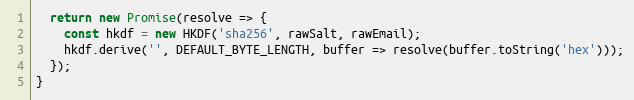
Language: JavaScript
  return new Promise(resolve => {
    const hkdf = new HKDF('sha256', rawSalt, rawEmail);
    hkdf.derive('', DEFAULT_BYTE_LENGTH, buffer => resolve(buffer.toString('hex')));
  });
}